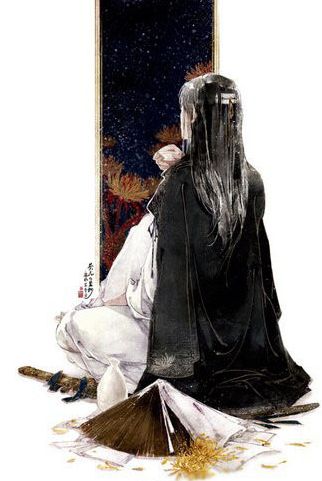
击鼓其镗，踊跃用兵。